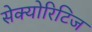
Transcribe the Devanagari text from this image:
सेक्योरिटिज